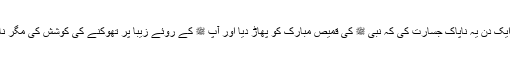
اس نے ایک دن یہ ناپاک جسارت کی کہ نبی ﷺ کی قمیص مبارک کو پھاڑ دیا اور آپ ﷺ کے روئے زیبا پر تھوکنے کی کوشش کی مگر ناکام رہا۔